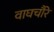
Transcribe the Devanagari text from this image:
वाघचौरे